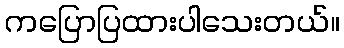
ကပြောပြထားပါသေးတယ်။